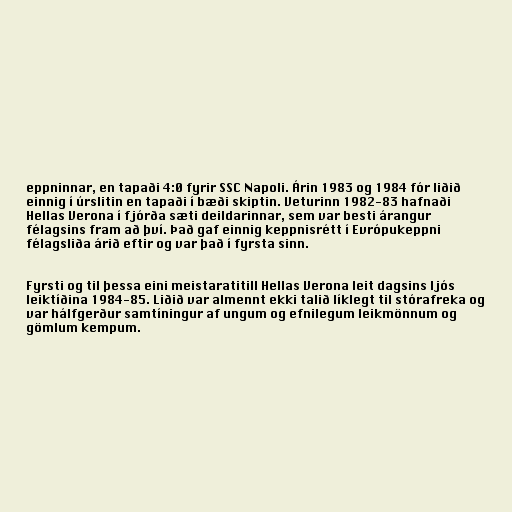
eppninnar, en tapaði 4:0 fyrir SSC Napoli. Árin 1983 og 1984 fór liðið
einnig í úrslitin en tapaði í bæði skiptin. Veturinn 1982-83 hafnaði
Hellas Verona í fjórða sæti deildarinnar, sem var besti árangur
félagsins fram að því. Það gaf einnig keppnisrétt í Evrópukeppni
félagsliða árið eftir og var það í fyrsta sinn.

Fyrsti og til þessa eini meistaratitill Hellas Verona leit dagsins ljós
leiktíðina 1984-85. Liðið var almennt ekki talið líklegt til stórafreka og
var hálfgerður samtíningur af ungum og efnilegum leikmönnum og
gömlum kempum.